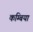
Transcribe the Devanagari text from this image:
कम्बिया